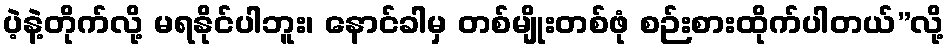
ပဲ့နဲ့တိုက်လို့ မရနိုင်ပါဘူး၊ နောင်ခါမှ တစ်မျိုးတစ်ဖုံ စဉ်းစားထိုက်ပါတယ်”လို့